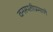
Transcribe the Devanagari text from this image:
वनस्पतीप्रमाणे